Punjab Mental Hospital Lahore 1932-46 - 1932-1946
Year: 1932
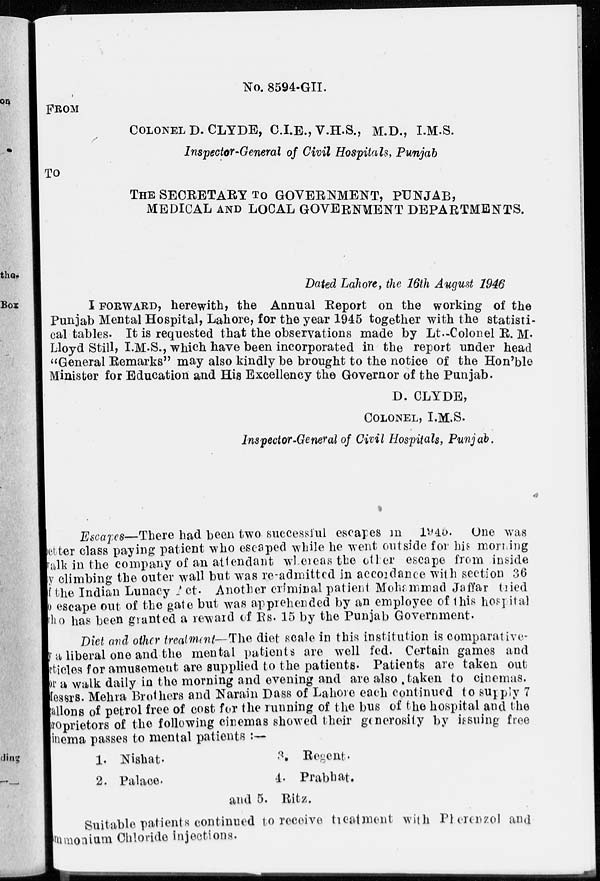
No. 8594-GII.
FROM
COLONEL D. CLYDE, C.I.E., V.H.S., M.D., I.M.S.
Inspector-General of Civil Hospitals, Punjab
To
THE SECRETARY TO GOVERNMENT, PUNJAB ,
MEDICAL AND LOCAL GOVERNMENT DEPARTMENTS.
Dated Lahore, the 16th August 1946
I FORWARD, herewith, the Annual Report on the working of the
Punjab Mental Hospital, Lahore, for the year 1945 together with the statisti-
cal tables. It is requested that the observations made by Lt.-Colonel R. M.
Lloyd Still, I.M.S., which have been incorporated in the report under head
"General Remarks" may also kindly be brought to the notice of the Hon'ble
Minister for Education and His Excellency the Governor of the Punjab.
D. CLYDE,
COLONEL , I.M.S.
Inspector-General of Civil Hospitals, Punjab.
Escapes—There had been two successful escapes in 1945. One was
better class paying patient who escaped while he went outside for his morning
talk in the company of an attendant whereas the other escape from inside
y climbing the outer wall but was re-admitted in accordance with section 36
of the Indian Lunacy Act. Another criminal patient Mohammad Jaffar tried
o escape out of the gate but was apprehended by an employee of this hospital
ho has been granted a reward of Rs. 15 by the Punjab Government.
Diet and other treatment—The diet scale in this institution is comparative-
y a liberal one and the mental patients are well fed. Certain games and
articles for amusement are supplied to the patients- Patients are taken out
or a walk daily in the morning and evening and are also . taken to cinemas.
Messrs. Mehra Brothers and Narain Dass of Lahore each continued to supply 7
allons of petrol free of cost for the running of the bus of the hospital and the
proprietors of the following cinemas showed their generosity by issuing free
cinema passes to mental patients:—
1. Nishat.
2. Palace.
3 Regent.
4. Prabhat.
and 5. Ritz.
Suitable patients continued to receive treatment with Pberenzol and
ammonium Chloride injections.